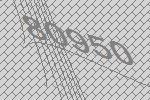
80950